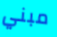
مبني